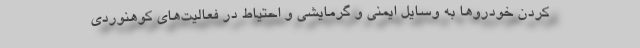
کردن خودروها به وسایل ایمنی و گرمایشی و احتیاط در فعالیت‌های کوهنوردی